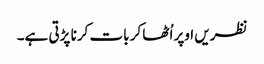
نظریں اوپر اُٹھا کر بات کرنا پڑتی ہے۔